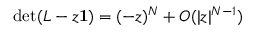
\operatorname* { d e t } ( L - z { \bf 1 } ) = ( - z ) ^ { N } + { \cal O } ( | z | ^ { N - 1 } )